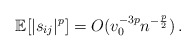
\begin{align*}\mathbb E[|s_{ij}|^p]=O(v_0^{-3p}n^{-\frac{p}{2}})\,.\end{align*}